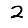
Digit: 2